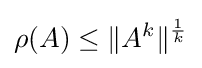
\rho (A)\leq \|A^{k}\|^{\frac {1}{k}}